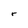
Character: r